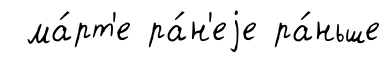
ма́рт'е ра́н'еjе ра́ньше